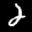
Label: 2